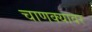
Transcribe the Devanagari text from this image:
चाणक्यावर